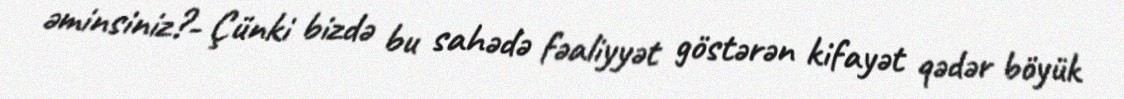
əminsiniz?- Çünki bizdə bu sahədə fəaliyyət göstərən kifayət qədər böyük